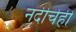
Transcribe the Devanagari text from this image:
नदीचेही